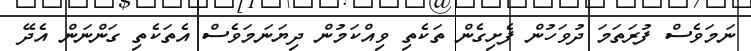
ނަމަވެސް ފުރަތަމަ ދުވަހުން ފެށިގެން ތަކެތި ވިއްކަމުން ދިޔަނަމަވެސް އެތަކެތި ގަންނަން އެދޭ